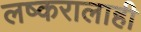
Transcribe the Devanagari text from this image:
लष्करालाही